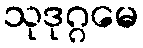
သုဒုဂ္ဂမေ